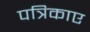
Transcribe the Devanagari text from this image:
पत्रिकाए